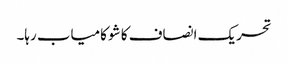
تحریک انصاف کا شو کامیاب رہا۔